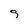
Character: 9